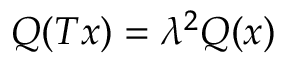
Q ( T x ) = \lambda ^ { 2 } Q ( x )